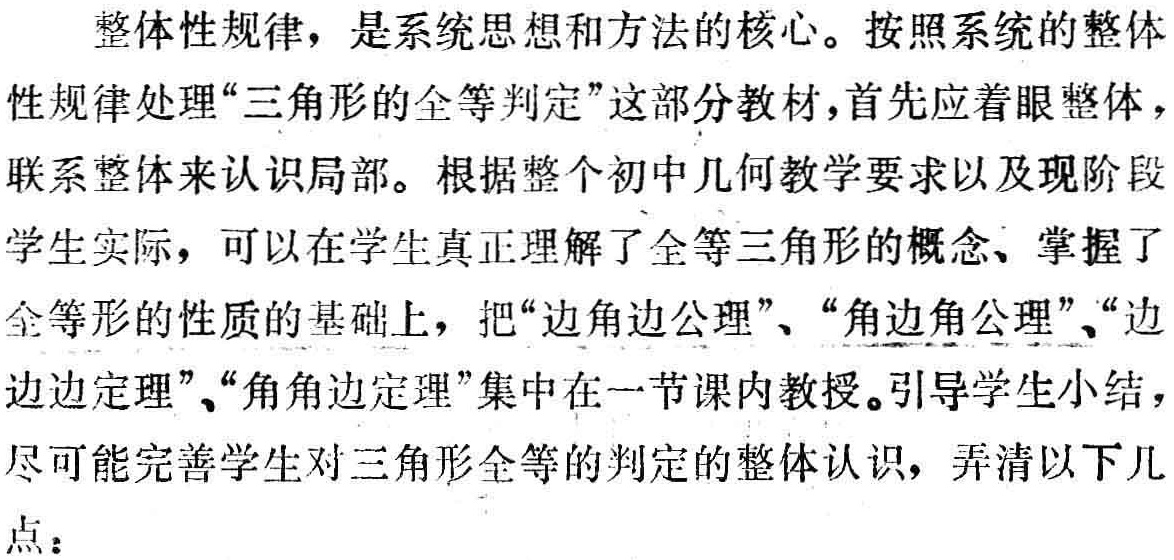
整体性规律，是系统思想和方法的核心。按照系统的整体性规律处理“三角形的全等判定”这部分教材，首先应着眼整体，联系整体来认识局部。根据整个初中几何教学要求以及现阶段学生实际，可以在学生真正理解了全等三角形的概念、掌握了全等形的性质的基础上，把“边角边公理”、“角边角公理”、“边边边定理”、“角角边定理”集中在一节课内教授。引导学生小结，尽可能完善学生对三角形全等的判定的整体认识，弄清以下几点：